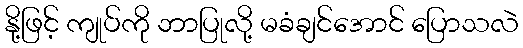
နို့ဖြင့် ကျုပ်ကို ဘာပြုလို့ မခံချင်အောင် ပြောသလဲ